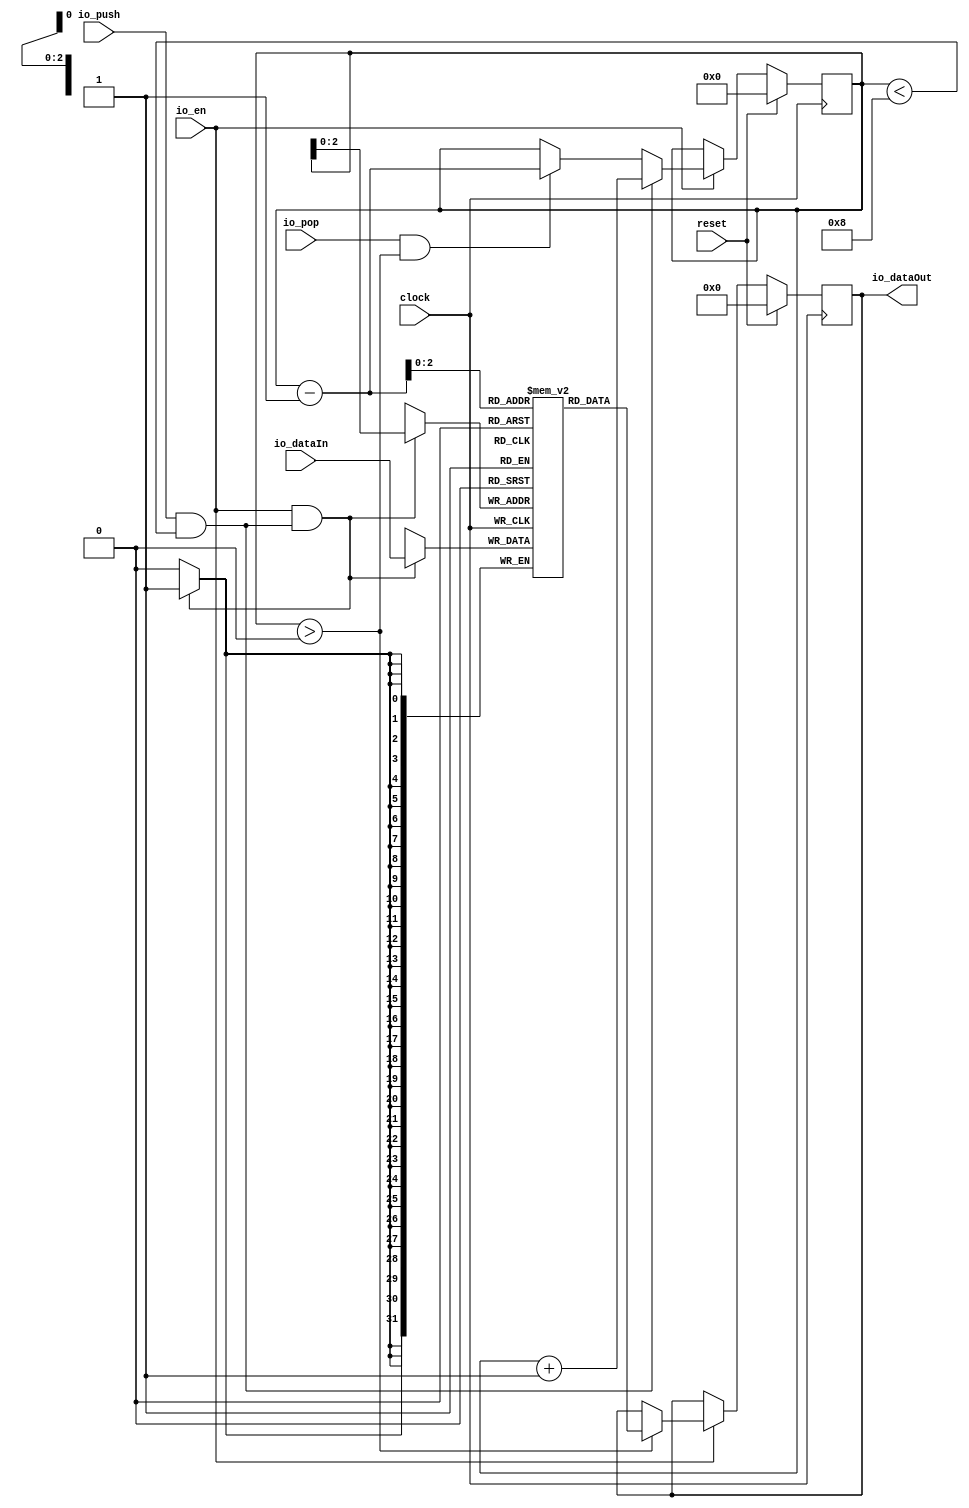
module Stack(
  input         clock,
  input         reset,
  input         io_push,
  input         io_pop,
  input         io_en,
  input  [31:0] io_dataIn,
  output [31:0] io_dataOut
);
`ifdef RANDOMIZE_MEM_INIT
  reg [31:0] _RAND_0;
`endif // RANDOMIZE_MEM_INIT
`ifdef RANDOMIZE_REG_INIT
  reg [31:0] _RAND_1;
  reg [31:0] _RAND_2;
`endif // RANDOMIZE_REG_INIT
  reg [31:0] stack_mem [0:7]; // @[Stack.scala 16:22]
  wire [31:0] stack_mem__T_14_data; // @[Stack.scala 16:22]
  wire [2:0] stack_mem__T_14_addr; // @[Stack.scala 16:22]
  wire [31:0] stack_mem__T_3_data; // @[Stack.scala 16:22]
  wire [2:0] stack_mem__T_3_addr; // @[Stack.scala 16:22]
  wire  stack_mem__T_3_mask; // @[Stack.scala 16:22]
  wire  stack_mem__T_3_en; // @[Stack.scala 16:22]
  reg [3:0] sp; // @[Stack.scala 17:26]
  reg [31:0] out; // @[Stack.scala 18:26]
  wire  _T = sp < 4'h8; // @[Stack.scala 21:25]
  wire  _T_1 = io_push & _T; // @[Stack.scala 21:18]
  wire [3:0] _T_5 = sp + 4'h1; // @[Stack.scala 23:16]
  wire  _T_6 = sp > 4'h0; // @[Stack.scala 24:31]
  wire  _T_7 = io_pop & _T_6; // @[Stack.scala 24:24]
  wire [3:0] _T_9 = sp - 4'h1; // @[Stack.scala 25:16]
  assign stack_mem__T_14_addr = _T_9[2:0];
  assign stack_mem__T_14_data = stack_mem[stack_mem__T_14_addr]; // @[Stack.scala 16:22]
  assign stack_mem__T_3_data = io_dataIn;
  assign stack_mem__T_3_addr = sp[2:0];
  assign stack_mem__T_3_mask = 1'h1;
  assign stack_mem__T_3_en = io_en & _T_1;
  assign io_dataOut = out; // @[Stack.scala 32:14]
`ifdef RANDOMIZE_GARBAGE_ASSIGN
`define RANDOMIZE
`endif
`ifdef RANDOMIZE_INVALID_ASSIGN
`define RANDOMIZE
`endif
`ifdef RANDOMIZE_REG_INIT
`define RANDOMIZE
`endif
`ifdef RANDOMIZE_MEM_INIT
`define RANDOMIZE
`endif
`ifndef RANDOM
`define RANDOM $random
`endif
`ifdef RANDOMIZE_MEM_INIT
  integer initvar;
`endif
`ifndef SYNTHESIS
`ifdef FIRRTL_BEFORE_INITIAL
`FIRRTL_BEFORE_INITIAL
`endif
initial begin
  `ifdef RANDOMIZE
    `ifdef INIT_RANDOM
      `INIT_RANDOM
    `endif
    `ifndef VERILATOR
      `ifdef RANDOMIZE_DELAY
        #`RANDOMIZE_DELAY begin end
      `else
        #0.002 begin end
      `endif
    `endif
`ifdef RANDOMIZE_MEM_INIT
  _RAND_0 = {1{`RANDOM}};
  for (initvar = 0; initvar < 8; initvar = initvar+1)
    stack_mem[initvar] = _RAND_0[31:0];
`endif // RANDOMIZE_MEM_INIT
`ifdef RANDOMIZE_REG_INIT
  _RAND_1 = {1{`RANDOM}};
  sp = _RAND_1[3:0];
  _RAND_2 = {1{`RANDOM}};
  out = _RAND_2[31:0];
`endif // RANDOMIZE_REG_INIT
  `endif // RANDOMIZE
end // initial
`ifdef FIRRTL_AFTER_INITIAL
`FIRRTL_AFTER_INITIAL
`endif
`endif // SYNTHESIS
  always @(posedge clock) begin
    if(stack_mem__T_3_en & stack_mem__T_3_mask) begin
      stack_mem[stack_mem__T_3_addr] <= stack_mem__T_3_data; // @[Stack.scala 16:22]
    end
    if (reset) begin
      sp <= 4'h0;
    end else if (io_en) begin
      if (_T_1) begin
        sp <= _T_5;
      end else if (_T_7) begin
        sp <= _T_9;
      end
    end
    if (reset) begin
      out <= 32'h0;
    end else if (io_en) begin
      if (_T_6) begin
        out <= stack_mem__T_14_data;
      end
    end
  end
endmodule